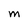
Character: M